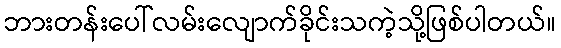
ဘားတန်းပေါ်လမ်းလျောက်ခိုင်းသကဲ့သို့ဖြစ်ပါတယ်။